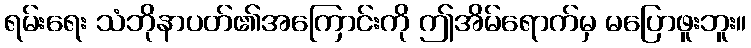
ရမ်းရေး သံဘိုနာပတ်၏အကြောင်းကို ဤအိမ်ရောက်မှ မပြောဖူးဘူး။